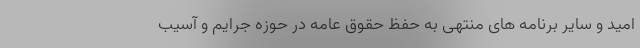
امید و سایر برنامه های منتهی به حفظ حقوق عامه در حوزه جرایم و آسیب